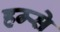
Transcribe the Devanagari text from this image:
हम्से